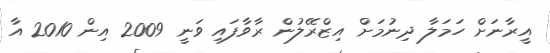
އީރާނަށް ހަމަލާ ދިނުމަށް އިޒްރޭލުން ރާވާފައި ވަނީ 2009 އިން 2010 އާ